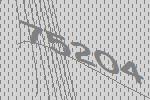
75204